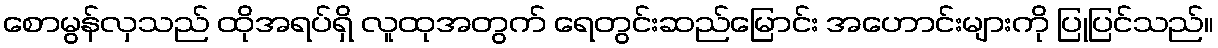
စောမွန်လှသည် ထိုအရပ်ရှိ လူထုအတွက် ရေတွင်းဆည်မြောင်း အဟောင်းများကို ပြုပြင်သည်။